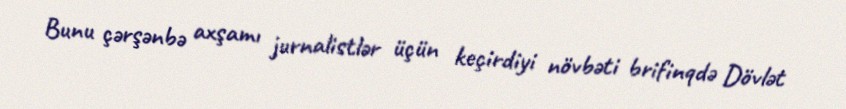
Bunu çərşənbə axşamı jurnalistlər üçün keçirdiyi növbəti brifinqdə Dövlət